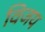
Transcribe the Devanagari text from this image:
विजय